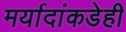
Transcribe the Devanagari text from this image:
मर्यादांकडेही